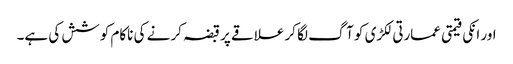
اور انکی قیمتی عمارتی لکڑی کو آگ لگا کر علاقے پر قبضہ کر نے کی ناکام کوشش کی ہے۔